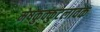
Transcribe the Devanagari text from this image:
मेषकुक्कुटलावक